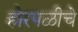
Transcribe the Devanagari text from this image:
होरपळीचे